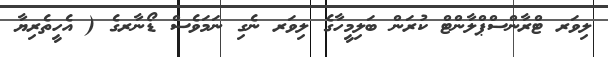
ލިވަރ ޓްރާންސްޕްލާންޓް ކުރަން ބަލިމީހާގެ ލިވަރ ނެގި ނަމަވެސް ޑޯނާރގެ ( އެހީތެރިޔާ